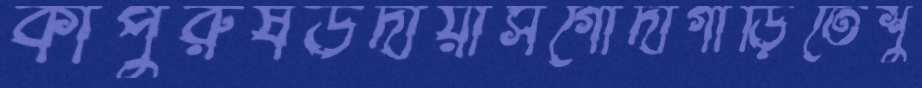
কাপুরুষউদায়াসগোদাগাড়িতেশু